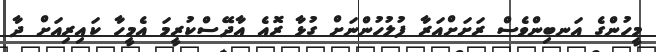
މީހުންގެ އަނބިންވެސް ރަށަށްއަރާ ފުލުހުންނަށް ގުޅާ ރޮއެ އާދޭސްކުރީމަ އެމީހާ ކައިރިއަށް ދާ